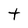
Character: t